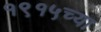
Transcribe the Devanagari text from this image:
१९१५च्या